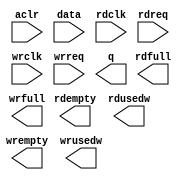
// This program was cloned from: https://github.com/cxdzyq1110/posture_recognition_CNN
// License: GNU General Public License v3.0

// megafunction wizard: %FIFO%VBB%
// GENERATION: STANDARD
// VERSION: WM1.0
// MODULE: dcfifo 

// ============================================================
// Megafunction Name(s):
// 			dcfifo
//
// Simulation Library Files(s):
// 			altera_mf
// ============================================================
// ************************************************************
// THIS IS A WIZARD-GENERATED FILE. DO NOT EDIT THIS FILE!
//
// 14.0.0 Build 200 06/17/2014 SJ Full Version
// ************************************************************

//Copyright (C) 1991-2014 Altera Corporation. All rights reserved.
//Your use of Altera Corporation's design tools, logic functions 
//and other software and tools, and its AMPP partner logic 
//functions, and any output files from any of the foregoing 
//(including device programming or simulation files), and any 
//associated documentation or information are expressly subject 
//to the terms and conditions of the Altera Program License 
//Subscription Agreement, the Altera Quartus II License Agreement,
//the Altera MegaCore Function License Agreement, or other 
//applicable license agreement, including, without limitation, 
//that your use is for the sole purpose of programming logic 
//devices manufactured by Altera and sold by Altera or its 
//authorized distributors.  Please refer to the applicable 
//agreement for further details.

module alt_fifo_64b_2048w (
	aclr,
	data,
	rdclk,
	rdreq,
	wrclk,
	wrreq,
	q,
	rdempty,
	rdfull,
	rdusedw,
	wrempty,
	wrfull,
	wrusedw);

	input	  aclr;
	input	[63:0]  data;
	input	  rdclk;
	input	  rdreq;
	input	  wrclk;
	input	  wrreq;
	output	[63:0]  q;
	output	  rdempty;
	output	  rdfull;
	output	[10:0]  rdusedw;
	output	  wrempty;
	output	  wrfull;
	output	[10:0]  wrusedw;
`ifndef ALTERA_RESERVED_QIS
// synopsys translate_off
`endif
	tri0	  aclr;
`ifndef ALTERA_RESERVED_QIS
// synopsys translate_on
`endif

endmodule

// ============================================================
// CNX file retrieval info
// ============================================================
// Retrieval info: PRIVATE: AlmostEmpty NUMERIC "0"
// Retrieval info: PRIVATE: AlmostEmptyThr NUMERIC "-1"
// Retrieval info: PRIVATE: AlmostFull NUMERIC "0"
// Retrieval info: PRIVATE: AlmostFullThr NUMERIC "-1"
// Retrieval info: PRIVATE: CLOCKS_ARE_SYNCHRONIZED NUMERIC "0"
// Retrieval info: PRIVATE: Clock NUMERIC "4"
// Retrieval info: PRIVATE: Depth NUMERIC "2048"
// Retrieval info: PRIVATE: Empty NUMERIC "1"
// Retrieval info: PRIVATE: Full NUMERIC "1"
// Retrieval info: PRIVATE: INTENDED_DEVICE_FAMILY STRING "Cyclone V"
// Retrieval info: PRIVATE: LE_BasedFIFO NUMERIC "0"
// Retrieval info: PRIVATE: LegacyRREQ NUMERIC "0"
// Retrieval info: PRIVATE: MAX_DEPTH_BY_9 NUMERIC "0"
// Retrieval info: PRIVATE: OVERFLOW_CHECKING NUMERIC "0"
// Retrieval info: PRIVATE: Optimize NUMERIC "0"
// Retrieval info: PRIVATE: RAM_BLOCK_TYPE NUMERIC "0"
// Retrieval info: PRIVATE: SYNTH_WRAPPER_GEN_POSTFIX STRING "0"
// Retrieval info: PRIVATE: UNDERFLOW_CHECKING NUMERIC "0"
// Retrieval info: PRIVATE: UsedW NUMERIC "1"
// Retrieval info: PRIVATE: Width NUMERIC "64"
// Retrieval info: PRIVATE: dc_aclr NUMERIC "1"
// Retrieval info: PRIVATE: diff_widths NUMERIC "0"
// Retrieval info: PRIVATE: msb_usedw NUMERIC "0"
// Retrieval info: PRIVATE: output_width NUMERIC "64"
// Retrieval info: PRIVATE: rsEmpty NUMERIC "1"
// Retrieval info: PRIVATE: rsFull NUMERIC "1"
// Retrieval info: PRIVATE: rsUsedW NUMERIC "1"
// Retrieval info: PRIVATE: sc_aclr NUMERIC "0"
// Retrieval info: PRIVATE: sc_sclr NUMERIC "0"
// Retrieval info: PRIVATE: wsEmpty NUMERIC "1"
// Retrieval info: PRIVATE: wsFull NUMERIC "1"
// Retrieval info: PRIVATE: wsUsedW NUMERIC "1"
// Retrieval info: LIBRARY: altera_mf altera_mf.altera_mf_components.all
// Retrieval info: CONSTANT: INTENDED_DEVICE_FAMILY STRING "Cyclone V"
// Retrieval info: CONSTANT: LPM_NUMWORDS NUMERIC "2048"
// Retrieval info: CONSTANT: LPM_SHOWAHEAD STRING "ON"
// Retrieval info: CONSTANT: LPM_TYPE STRING "dcfifo"
// Retrieval info: CONSTANT: LPM_WIDTH NUMERIC "64"
// Retrieval info: CONSTANT: LPM_WIDTHU NUMERIC "11"
// Retrieval info: CONSTANT: OVERFLOW_CHECKING STRING "ON"
// Retrieval info: CONSTANT: RDSYNC_DELAYPIPE NUMERIC "4"
// Retrieval info: CONSTANT: READ_ACLR_SYNCH STRING "OFF"
// Retrieval info: CONSTANT: UNDERFLOW_CHECKING STRING "ON"
// Retrieval info: CONSTANT: USE_EAB STRING "ON"
// Retrieval info: CONSTANT: WRITE_ACLR_SYNCH STRING "OFF"
// Retrieval info: CONSTANT: WRSYNC_DELAYPIPE NUMERIC "4"
// Retrieval info: USED_PORT: aclr 0 0 0 0 INPUT GND "aclr"
// Retrieval info: USED_PORT: data 0 0 64 0 INPUT NODEFVAL "data[63..0]"
// Retrieval info: USED_PORT: q 0 0 64 0 OUTPUT NODEFVAL "q[63..0]"
// Retrieval info: USED_PORT: rdclk 0 0 0 0 INPUT NODEFVAL "rdclk"
// Retrieval info: USED_PORT: rdempty 0 0 0 0 OUTPUT NODEFVAL "rdempty"
// Retrieval info: USED_PORT: rdfull 0 0 0 0 OUTPUT NODEFVAL "rdfull"
// Retrieval info: USED_PORT: rdreq 0 0 0 0 INPUT NODEFVAL "rdreq"
// Retrieval info: USED_PORT: rdusedw 0 0 11 0 OUTPUT NODEFVAL "rdusedw[10..0]"
// Retrieval info: USED_PORT: wrclk 0 0 0 0 INPUT NODEFVAL "wrclk"
// Retrieval info: USED_PORT: wrempty 0 0 0 0 OUTPUT NODEFVAL "wrempty"
// Retrieval info: USED_PORT: wrfull 0 0 0 0 OUTPUT NODEFVAL "wrfull"
// Retrieval info: USED_PORT: wrreq 0 0 0 0 INPUT NODEFVAL "wrreq"
// Retrieval info: USED_PORT: wrusedw 0 0 11 0 OUTPUT NODEFVAL "wrusedw[10..0]"
// Retrieval info: CONNECT: @aclr 0 0 0 0 aclr 0 0 0 0
// Retrieval info: CONNECT: @data 0 0 64 0 data 0 0 64 0
// Retrieval info: CONNECT: @rdclk 0 0 0 0 rdclk 0 0 0 0
// Retrieval info: CONNECT: @rdreq 0 0 0 0 rdreq 0 0 0 0
// Retrieval info: CONNECT: @wrclk 0 0 0 0 wrclk 0 0 0 0
// Retrieval info: CONNECT: @wrreq 0 0 0 0 wrreq 0 0 0 0
// Retrieval info: CONNECT: q 0 0 64 0 @q 0 0 64 0
// Retrieval info: CONNECT: rdempty 0 0 0 0 @rdempty 0 0 0 0
// Retrieval info: CONNECT: rdfull 0 0 0 0 @rdfull 0 0 0 0
// Retrieval info: CONNECT: rdusedw 0 0 11 0 @rdusedw 0 0 11 0
// Retrieval info: CONNECT: wrempty 0 0 0 0 @wrempty 0 0 0 0
// Retrieval info: CONNECT: wrfull 0 0 0 0 @wrfull 0 0 0 0
// Retrieval info: CONNECT: wrusedw 0 0 11 0 @wrusedw 0 0 11 0
// Retrieval info: GEN_FILE: TYPE_NORMAL alt_fifo_64b_2048w.v TRUE
// Retrieval info: GEN_FILE: TYPE_NORMAL alt_fifo_64b_2048w.inc FALSE
// Retrieval info: GEN_FILE: TYPE_NORMAL alt_fifo_64b_2048w.cmp FALSE
// Retrieval info: GEN_FILE: TYPE_NORMAL alt_fifo_64b_2048w.bsf FALSE
// Retrieval info: GEN_FILE: TYPE_NORMAL alt_fifo_64b_2048w_inst.v FALSE
// Retrieval info: GEN_FILE: TYPE_NORMAL alt_fifo_64b_2048w_bb.v TRUE
// Retrieval info: LIB_FILE: altera_mf